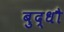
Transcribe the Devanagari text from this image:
बुद्धौ